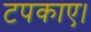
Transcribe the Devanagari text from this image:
टपकाए।